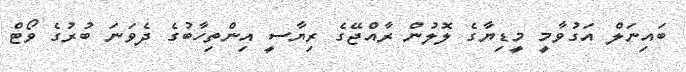
ބައިނަލް އަގުވާމީ މީޑިޔާގެ ލޮލުން ރާއްޖޭގެ ރިޔާސީ އިންތިހާބުގެ ދެވަނަ ބުރުގެ ވޯޓް